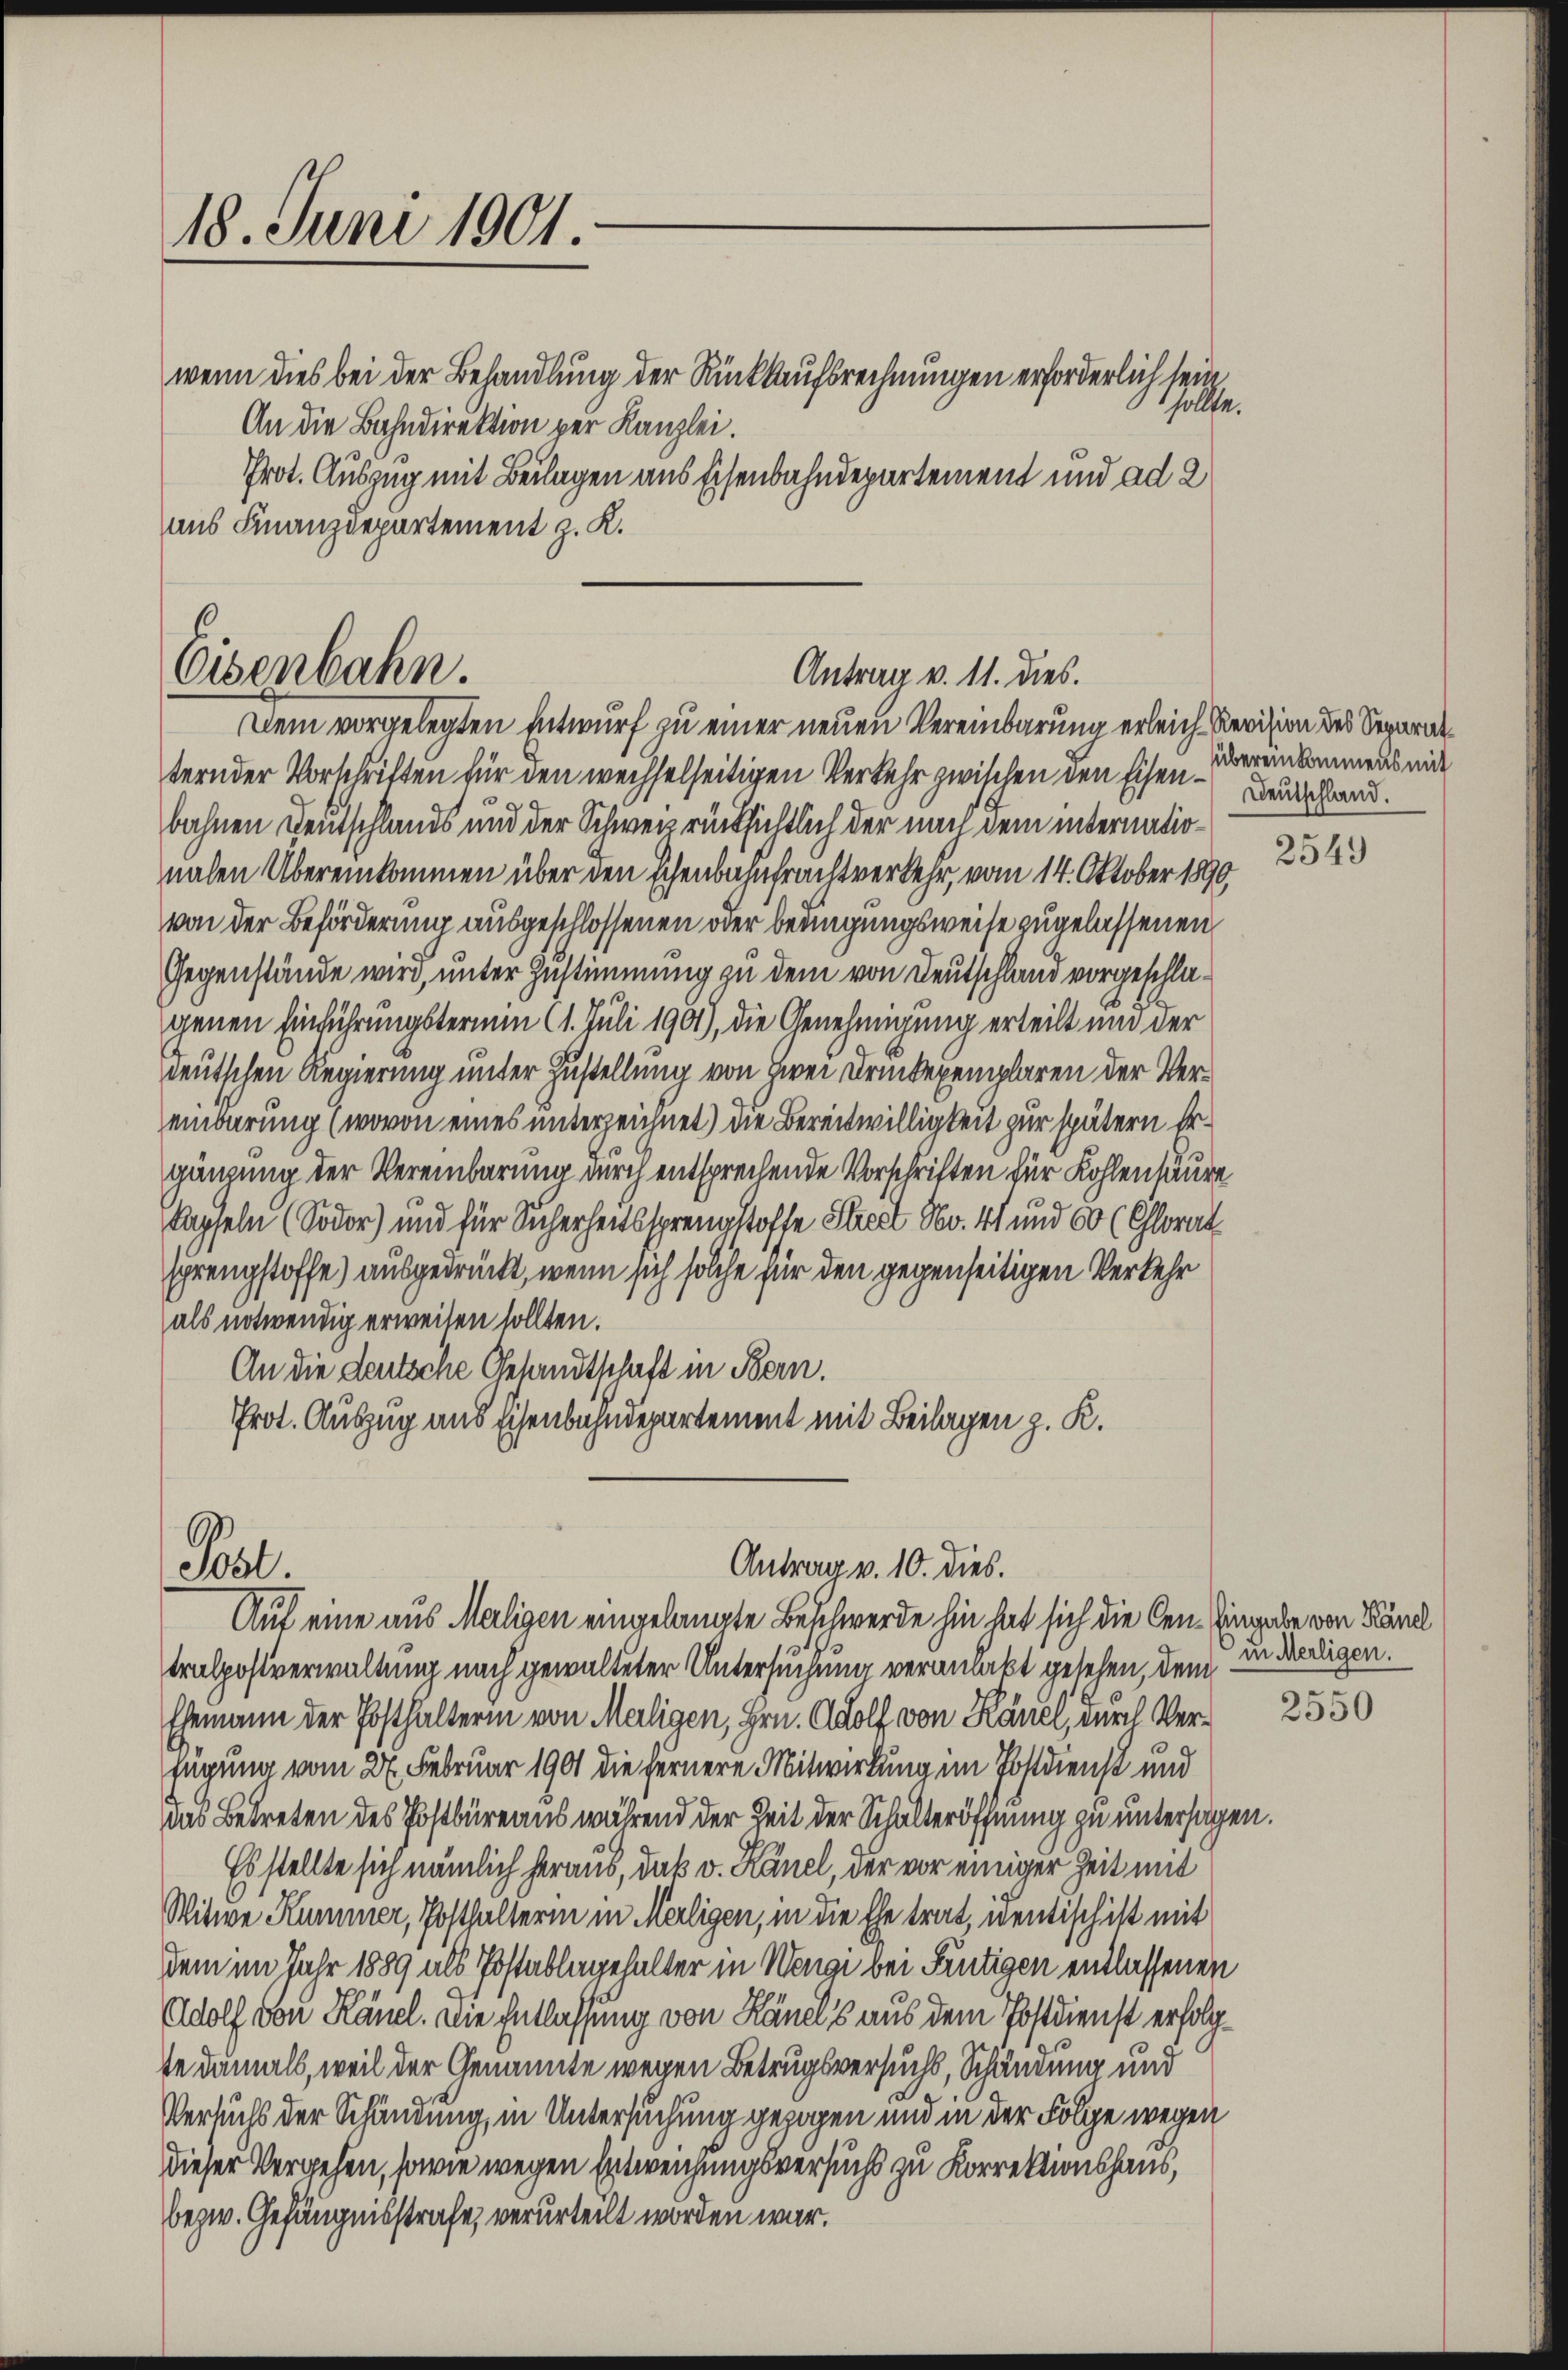
18. Juni 1901.

Osenbahn.
Antrag v. 11. dies.
Dem vorgelegten Entwurf zu einer neuen Vereinbarung erleich Revision des Separat

ternder Vorschriften für den wechselseitigen Verkehr zwischen den Eisenbahnen Deutschlands und der Schwer rücksichtlich der nach dem internationahen Übereinkommen über den schenbahnfrachtverkehr, vom 14. Oktober 1890
von der Beförderung ausgeschlossenen oder bedingungsweise zugelassenen
Gegenstände wird, unter Zustimmung zu dem von Deutschland vorgeschlagenen Einführungstermin (1. Juli 1901), die Genehmigung erteilt und der
deutschen Regierung unter Zustellung von zwei Druckexemplaren der Vereinbarung (wovon eines unterzeichnet) die Bereitwilligkeit zur spätern Ergänzung der Vereinbarung durch entsprechende Vorschriften für Kohlensäure
Kapseln (Sodor) und für Sicherheitssprengstoffe Street No. 41 und 60 (Chlorat
sprengstoffe) ausgedrückt, wenn sich solche für den gegenseitigen Verkehr
als notwendig erweisen sollten.
An die deutsche Gesandtschaft in Bern.
Prot. Auszug ans Eisenbahndepartement mit Beilagen z. K.
Antrag v. 10. dies.
Pol
Auf eine aus Meiligen eingelangte Beschwerde hin hat sich die Cen- Eingabe von Känel
trulpostverwaltung nach gewalteter Untersuchung veranlaßt gesehen, dem
Ehemann der Posthalterin von Maligen, Hrn. Adolf von Känel, durch Ver¬
Engung vom 27. Februar 1901 die fernere Mitwirkung im Postdienst und
das Betreten des Postbüreaus während der Zeit der Schalteröffnung zu untersagen.
Es stellte sich nämlich heraus, daß v. Känel, der vor einiger Zeit mit
Mitwe Kummer, Posthalterin in Meiligen, in die Ehe trat, wentisch ist mit
dem im Jahr 1889 als Postablagehalter in Wengi bei Feutigen entlassenen
Adolf von Känel. Die Entlassung von Känels aus dem Postdienst erfolgte damals, weil der Genannte wegen Betrugsversuchs, Schändung und
Versuchs der Schändung, in Untersuchung gezogen und in der Folge wegen
dieser Vergehen, sowie wegen Entweichungsversuchs zu Korrektionshaus,
bezw. Gefängnisstrafe, verurteilt worden war.

sollte.

wenn dies bei der Behandlung der Rückkaufsrechnungen erforderlich sein.
An die Bahndirektion per Kanzlei.
Prot. Auszug mit Beilagen aus Eisenbahndepartement und ad 2
ans Finanzdepartement z. K.
2.

übereinkommens mit
Deutschland.

2549

in Meiligen.
e

2550